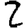
Digit: 2